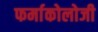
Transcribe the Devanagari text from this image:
फर्माकोलोजी